Civil Veterinary Department. United Provinces 1923-31 - 1923-1931
Year: 1923
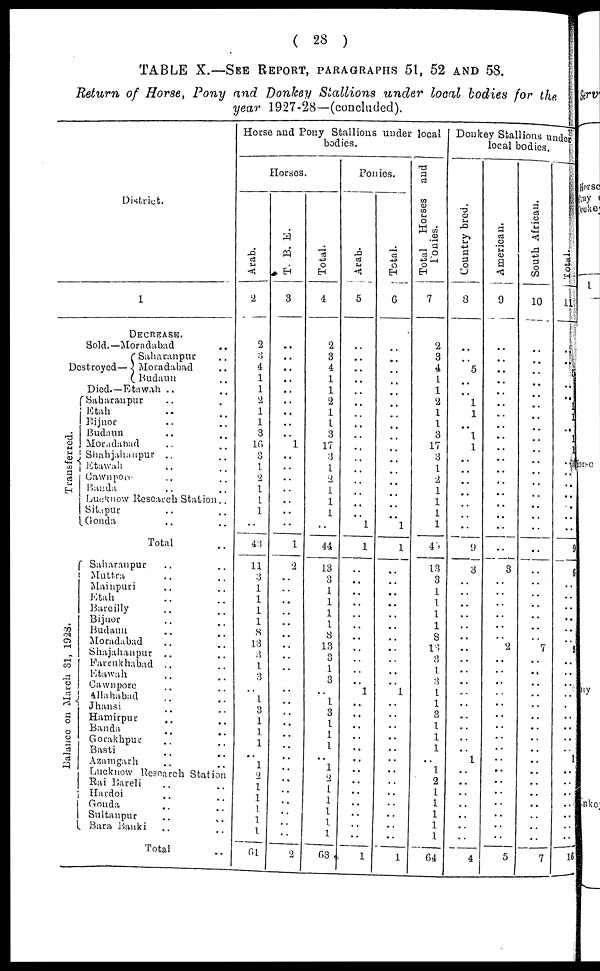
(28)
TABLE X.—SEE REPORT, PATAGRAPHS 51, 52 AND 58.
Return of Horse, Pony and Donkey Stallions under local bodies for the
year 1927-28—(concluded).
District.
1
DECREASE.
Sold.—Moradabad ..
Saharanpur ..
Destroyed— Moradabad ..
Transferred.
Ba l
a nc e on Mar ch 31, 1923.
Budaun ..
Died.—Etawah .. ..
Saharan pur .. ..
Etah .. ..
Bijnor
..
..
Budaun .. ..
Moradahad .. ..
Shahjahanpur .. ..
Etawah .. ..
Cawnpore .. ..
Banda .. ..
Lucknow Research Station..
Sitapur .. ..
Gonda .. ..
Total ..
Saharanpur .. ..
Muttra .. ..
Mainpuri .. ..
Etah
..
..
Bareilly .. ..
Bijnor
..
..
Budaun
..
..
Moradabad
..
..
Shajahanpur .. ..
Farrukhabad .. ..
Etawah
..
..
Cawnpore
..
..
Allahabad
..
..
Jhansi .. ..
Hamirpur .. ..
Banda
..
..
Gorakhpur
..
..
Basti
..
..
Azamgarh
..
..
Lucknow Research Station
Rai Bareli .. ..
Hardoi
..
..
Gonda .. ..
Sultanpur
..
..
Bara Banki ..
..
Total ..
Horse and Pony Stallions under local
bodies.
Horses.
Arab.
2
2
3
4
1
1
2
1
1
3
16
3
1
2
1
1
1
..
43
11
3
1 1
1
1
8
13
3 1
3
..
1
3
1
1
1
..
1
2
1
1
1
1
1
61
T. B. E.
3
..
..
..
..
..
..
..
..
..
1
..
..
..
..
..
..
..
1
2
..
..
..
..
..
..
.. ..
..
..
..
..
..
..
..
..
..
..
..
..
..
..
2
Total.
4
2
3
4
1
1
2
1
1
3
17
3
1
2
1
1
1
..
44
13
3
1
1
1
1
8
13
3
1
3
3
..
3
1
1
1
1
1
2
1
1
1
1
1
63
Ponies..
Arab.
5
..
..
..
..
..
..
..
..
..
..
..
..
..
..
..
..
1
1
..
..
..
..
..
..
..
..
..
..
..
..
1
..
.. ..
..
..
..
..
..
..
..
..
..
1
Total.
6
..
..
..
..
..
..
..
..
..
..
..
..
..
..
..
..
1
1
..
..
..
..
..
..
..
..
.. ..
..
..
1
..
.. ..
..
..
..
..
..
..
..
..
..
1
Total Horses and
Ponies.
7
2
3
4
1
1
2
1
1
3
17
3
1
-2
1
1
1
1
40
13
3
1
..
1
1
1
8
13
3
1
3
1
3
1 1
1
1
..
1
2
1
1
1
1
64
Donkey Stallions unde
local bodies.
Country bred.
8
..
..
5
..
..
1
1
..
1
1
..
..
..
..
..
..
..
9
3
..
..
..
..
..
..
..
..
..
..
..
..
..
.. ..
..
..
1
..
..
..
..
..
..
4
American.
9
..
..
..
..
..
..
..
..
..
..
..
..
..
..
..
..
..
..
3
..
..
..
..
..
..
2
.. ..
..
..
..
..
..
..
..
..
..
..
..
..
..
..
..
5
South African.
10
..
..
..
..
..
..
..
..
..
..
..
..
..
..
..
..
..
..
..
..
..
..
..
..
..
7
..
..
..
..
..
..
.. ..
..
..
..
..
..
..
..
..
..
7
Total
1
..
..
..
..
..
..
..
..
..
..
..
..
..
..
..
..
..
..
..
..
..
..
..
..
..
..
.. ..
..
..
..
..
..
..
..
..
..
..
..
..
..
..
16